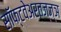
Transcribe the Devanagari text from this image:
सॉफ्टवेअरतज्ज्ञ